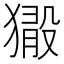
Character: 𤡘